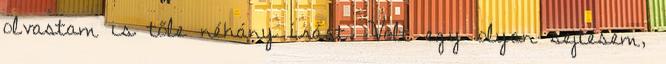
olvastam is tőle néhány írást. Volt egy olyan sejtésem,